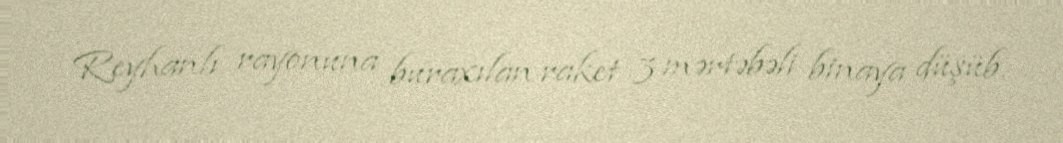
Reyhanlı rayonuna buraxılan raket 3 mərtəbəli binaya düşüb.